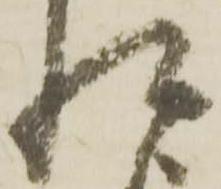
れ